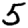
Digit: 5